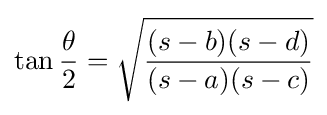
\tan {\frac {\theta }{2}}={\sqrt {\frac {(s-b)(s-d)}{(s-a)(s-c)}}}